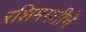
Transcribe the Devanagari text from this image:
रशिमगतीचे